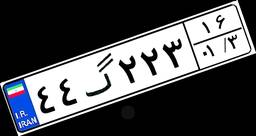
۴۴گ۲۲۳۱۶